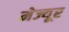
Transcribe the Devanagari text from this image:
मेज्यूर